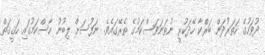
ދުވަހުގެ ހަތަރުދަން ބަރްކާ ހޭދަކުރީ ނުތަނަވަސްކަމުގެ ތެރޭގައެވެ. ނަފުސަށް ލިބުނު ހާސްކަމުގައި ހަޤީޤަތް